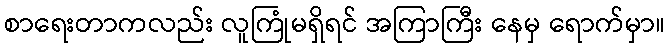
စာရေးတာကလည်း လူကြုံမရှိရင် အကြာကြီး နေမှ ရောက်မှာ။